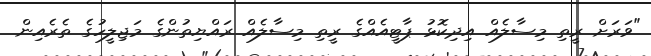
"ވަރަށް ރީތި މިސާލެއް އިދިކޮޅު ޕާޓީއެއްގެ ރީތި މިސާލެއް ރައްޔިތުންގެ މަޖިލީހުގެ ތެރެއިން